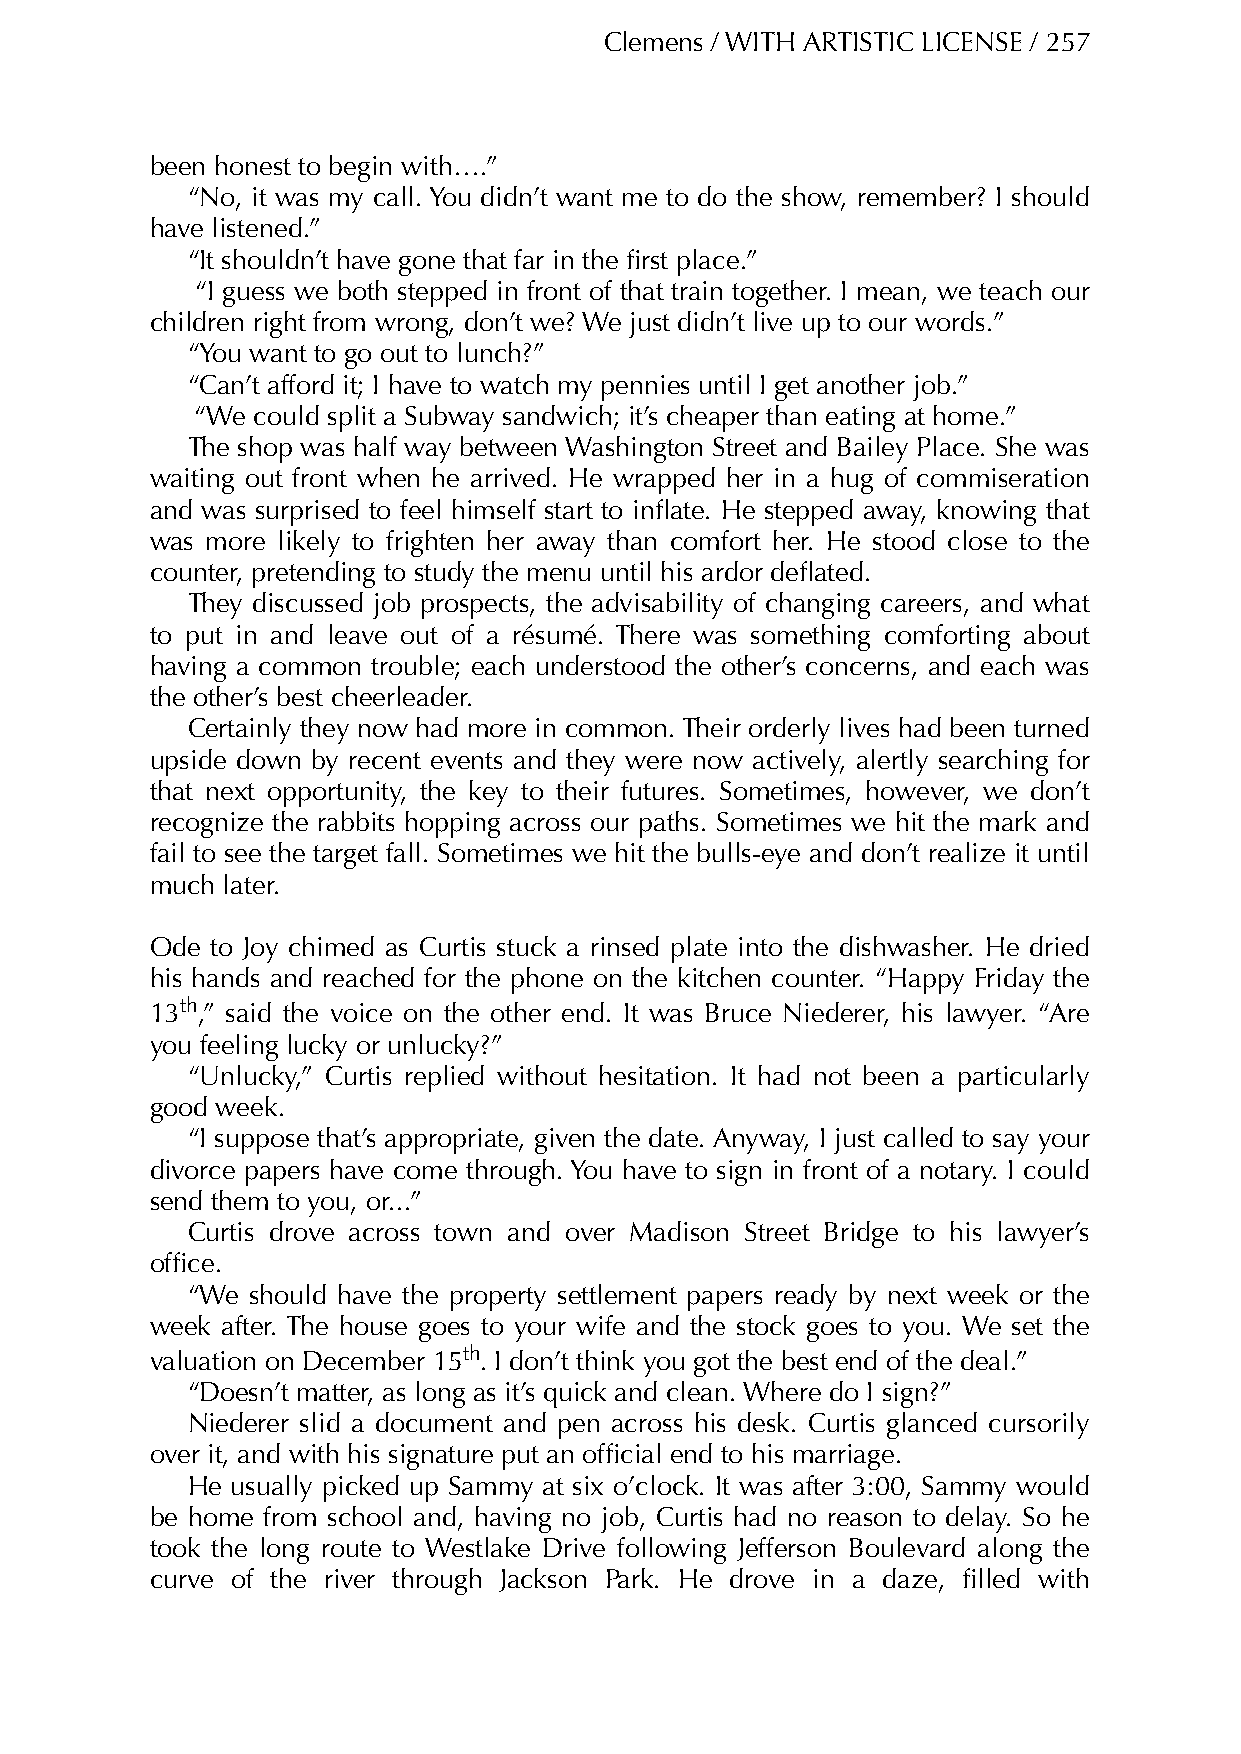
Clemens / WITH ARTISTIC LICENSE / 257
 been honest to begin with….”
 “No, it was my call. You didn’t want me to do the show, remember? I should
 have listened.”
 “It shouldn’t have gone that far in the first place.”
 “I guess we both stepped in front of that train together. I mean, we teach our
 children right from wrong, don’t we? We just didn’t live up to our words.”
 “You want to go out to lunch?”
 “Can’t afford it; I have to watch my pennies until I get another job.”
 “We could split a Subway sandwich; it’s cheaper than eating at home.”
 The shop was half way between Washington Street and Bailey Place. She was
 waiting out front when he arrived. He wrapped her in a hug of commiseration
 and was surprised to feel himself start to inflate. He stepped away, knowing that
 was more likely to frighten her away than comfort her. He stood close to the
 counter, pretending to study the menu until his ardor deflated.
 They discussed job prospects, the advisability of changing careers, and what
 to put in and leave out of a résumé. There was something comforting about
 having a common trouble; each understood the other’s concerns, and each was
 the other’s best cheerleader.
 Certainly they now had more in common. Their orderly lives had been turned
 upside down by recent events and they were now actively, alertly searching for
 that next opportunity, the key to their futures. Sometimes, however, we don’t
 recognize the rabbits hopping across our paths. Sometimes we hit the mark and
 fail to see the target fall. Sometimes we hit the bulls-eye and don’t realize it until
 much later.
 Ode to Joy chimed as Curtis stuck a rinsed plate into the dishwasher. He dried
 his hands and reached for the phone on the kitchen counter. “Happy Friday the
 13th,” said the voice on the other end. It was Bruce Niederer, his lawyer. “Are
 you feeling lucky or unlucky?”
 “Unlucky,” Curtis replied without hesitation. It had not been a particularly
 good week.
 “I suppose that’s appropriate, given the date. Anyway, I just called to say your
 divorce papers have come through. You have to sign in front of a notary. I could
 send them to you, or...”
 Curtis drove across town and over Madison Street Bridge to his lawyer’s
 office.
 “We  should have the property settlement papers ready by next week or the
 week after. The house goes to your wife and the stock goes to you. We set the
 valuation on December 15th. I don’t think you got the best end of the deal.”
 “Doesn’t matter, as long as it’s quick and clean. Where do I sign?”
 Niederer slid a document and pen across his desk. Curtis glanced cursorily
 over it, and with his signature put an official end to his marriage.
 He usually picked up Sammy at six o’clock. It was after 3:00, Sammy would
 be home from school and, having no job, Curtis had no reason to delay. So he
 took the long route to Westlake Drive following Jefferson Boulevard along the
 curve of the river through Jackson Park. He drove in a daze, filled with